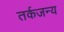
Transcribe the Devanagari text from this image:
तर्कजन्य